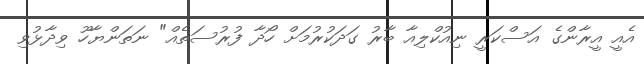
އެއީ އީރާންގެ އަސްކަރީ ނިއުކްލިއާ ބާރު ގަދަކުރުމަށް ހޯދާ ފުރުސަތެއް" ނަތަންޔާހޫ ވިދާޅުވި